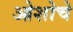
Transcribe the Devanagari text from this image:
ओशोचे